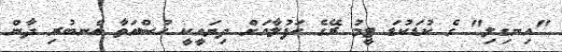
"އިނގިލި" ގެ ކުޑަކުޑަ ޓީމު ރޭގެ ހަފުލާއަށް ދިޔައީކީ ހުސްއަތާ އެނބުރި ދާން